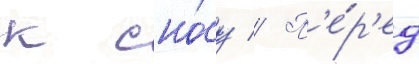
к сно́су // П'е́р'ед